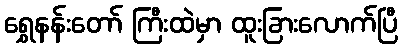
ရွှေနန်းတော် ကြီးထဲမှာ ထူးခြားလောက်ပြီ